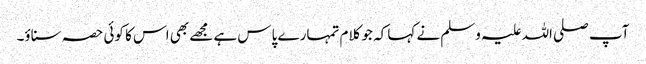
آپ صلی اللہ علیہ وسلم نے کہا کہ جو کلام تمہارے پاس ہے مجھے بھی اس کا کوئی حصہ سناؤ۔